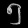
Digit: ၅